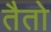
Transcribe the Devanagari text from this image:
तैतो